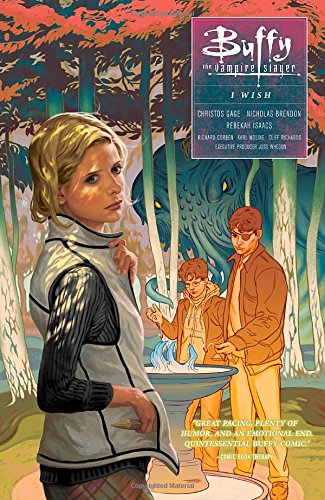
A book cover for Buffy: Season Ten Volume 2 - I Wish (Buffy the Vampire Slayer); Christos Gage; Comics & Graphic Novels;